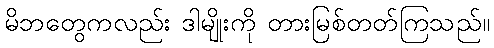
မိဘတွေကလည်း ဒါမျိုးကို တားမြစ်တတ်ကြသည်။